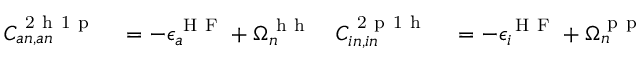
\begin{array} { r l r l } { C _ { a n , a n } ^ { \mathrm { ~ 2 ~ h ~ 1 ~ p ~ } } } & { { } = - \epsilon _ { a } ^ { \mathrm { ~ H ~ F ~ } } + \Omega _ { n } ^ { \mathrm { ~ h ~ h ~ } } } & { C _ { i n , i n } ^ { \mathrm { ~ 2 ~ p ~ 1 ~ h ~ } } } & { { } = - \epsilon _ { i } ^ { \mathrm { ~ H ~ F ~ } } + \Omega _ { n } ^ { \mathrm { ~ p ~ p ~ } } } \end{array}